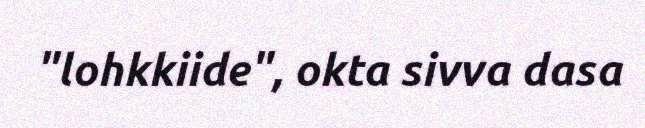
"lohkkiide", okta sivva dasa